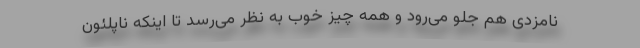
نامزدی هم جلو می‌رود و همه چیز خوب به نظر می‌رسد تا اینکه ناپلئون